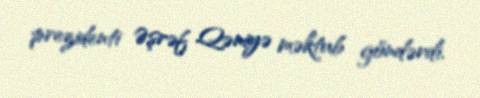
prezidenti Əşrəf Qəniyə məktub göndərdi.